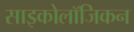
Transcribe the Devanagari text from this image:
साइकोलॉजिकन